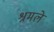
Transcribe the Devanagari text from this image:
श्रमले